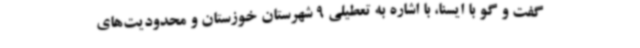
گفت و گو با ایسنا، با اشاره به تعطیلی 9 شهرستان خوزستان و محدودیت‌های